65_HS1-834228961_62-HQ-83894_Section_2
Agency: FBI
Page 15
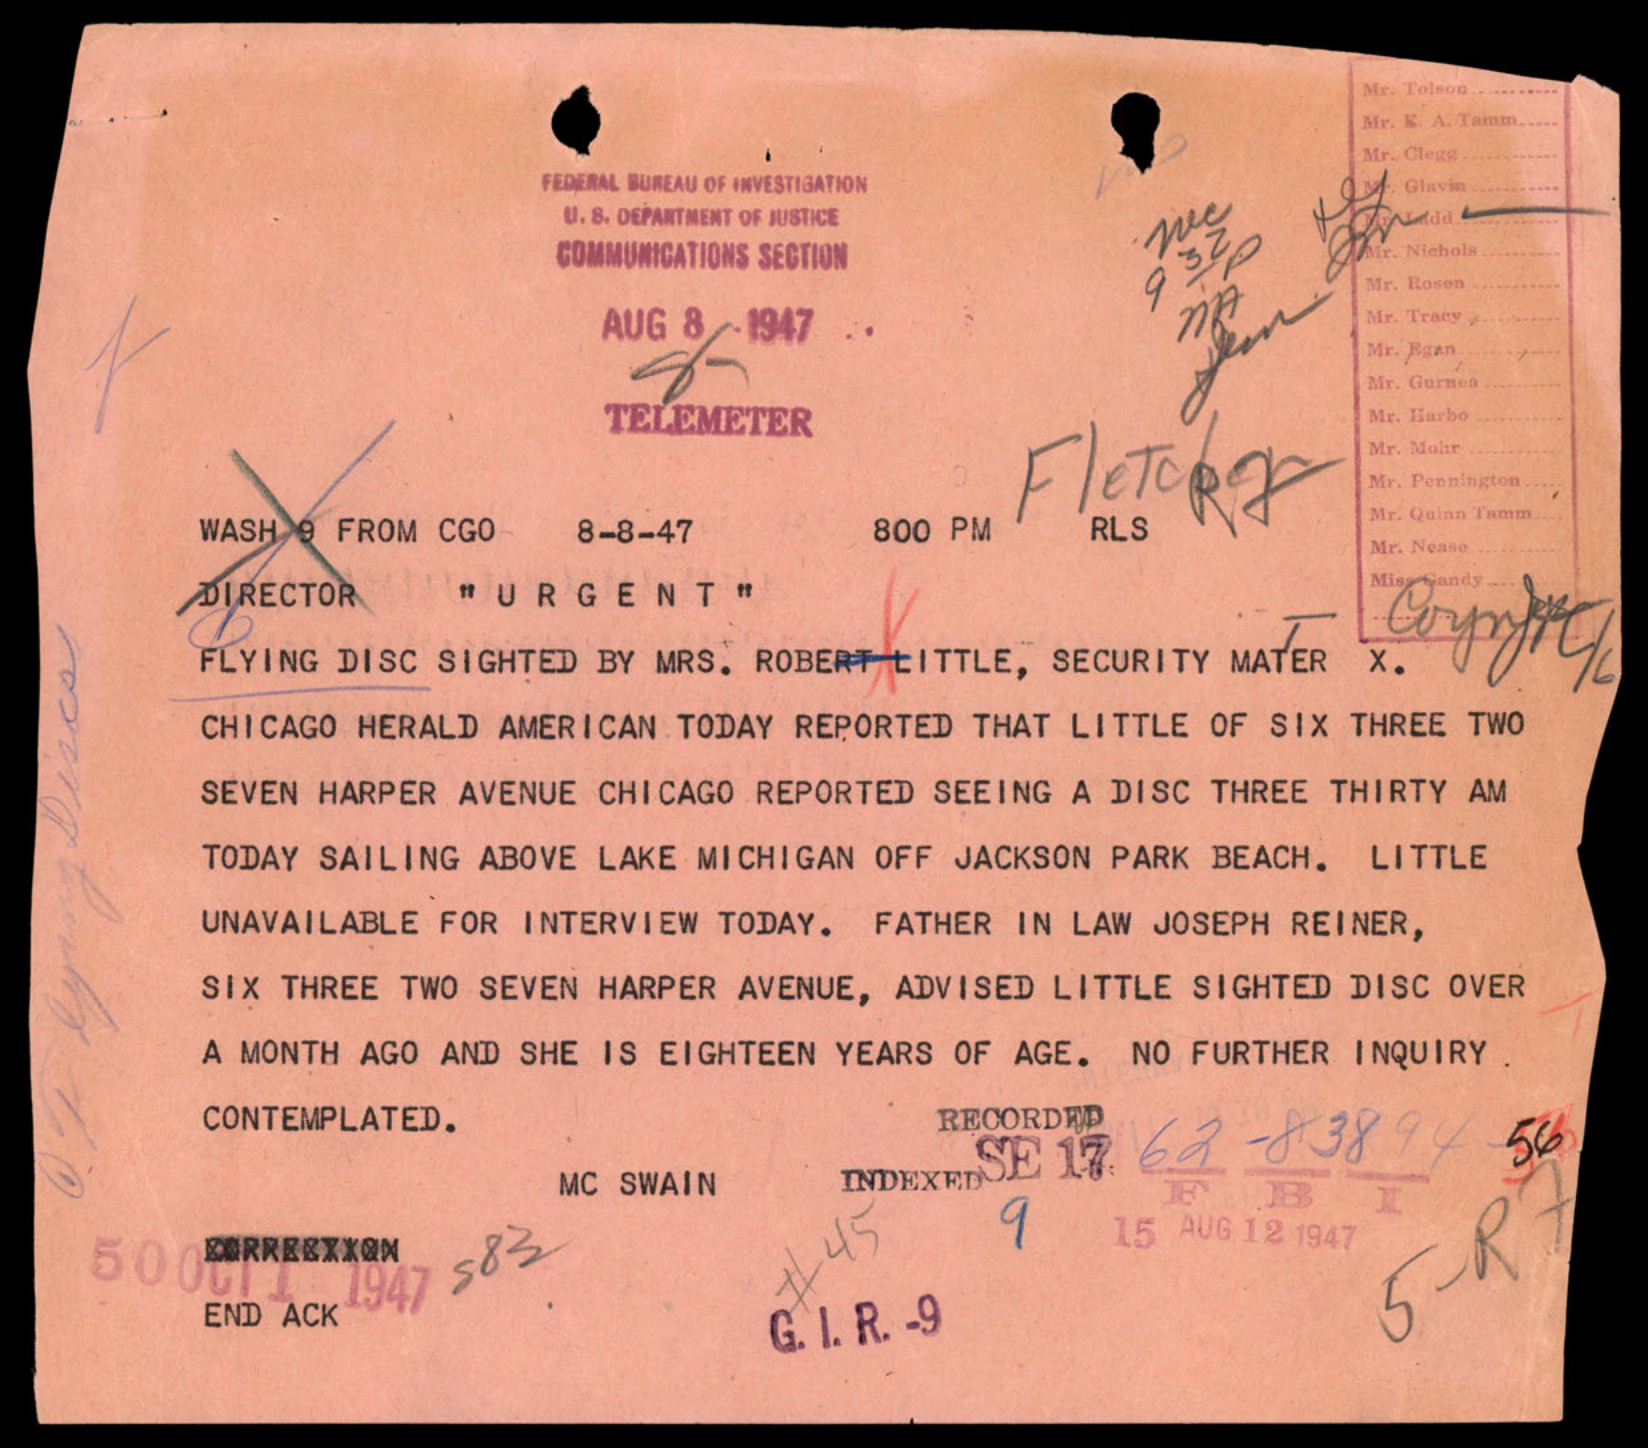